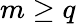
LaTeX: m\geq q